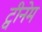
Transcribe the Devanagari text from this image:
ट्वीनेम